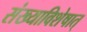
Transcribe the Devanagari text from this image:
संख्याविशेषात्